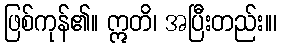
ဖြစ်ကုန်၏။ ဣတိ၊ အပြီးတည်း။၊